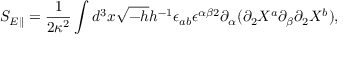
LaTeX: S _ { E \parallel } = \frac { 1 } { 2 \kappa ^ { 2 } } \int d ^ { 3 } x \sqrt { - h } h ^ { - 1 } \epsilon _ { a b } \epsilon ^ { \alpha \beta 2 } \partial _ { \alpha } ( \partial _ { 2 } X ^ { a } \partial _ { \beta } \partial _ { 2 } X ^ { b } ) ,